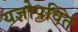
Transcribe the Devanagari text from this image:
यज्ञोपवित